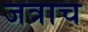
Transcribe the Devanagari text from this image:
जत्राच